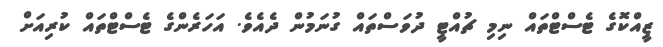
ޒީއްކޮގެ ޓެސްޓްތައް ނިމި ޗުއްޓީ ދުވަސްތައް ގުނަމުން ދެއެވެ. އަހަރެންގެ ޓެސްޓްތައް ކުރިއަށް